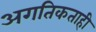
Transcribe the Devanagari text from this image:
अगतिकताही